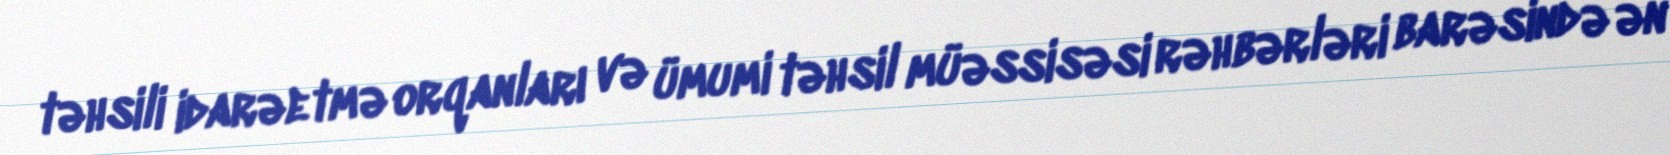
təhsili idarəetmə orqanları və ümumi təhsil müəssisəsi rəhbərləri barəsində ən